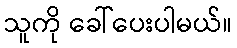
သူကို ခေါ်ပေးပါမယ်။